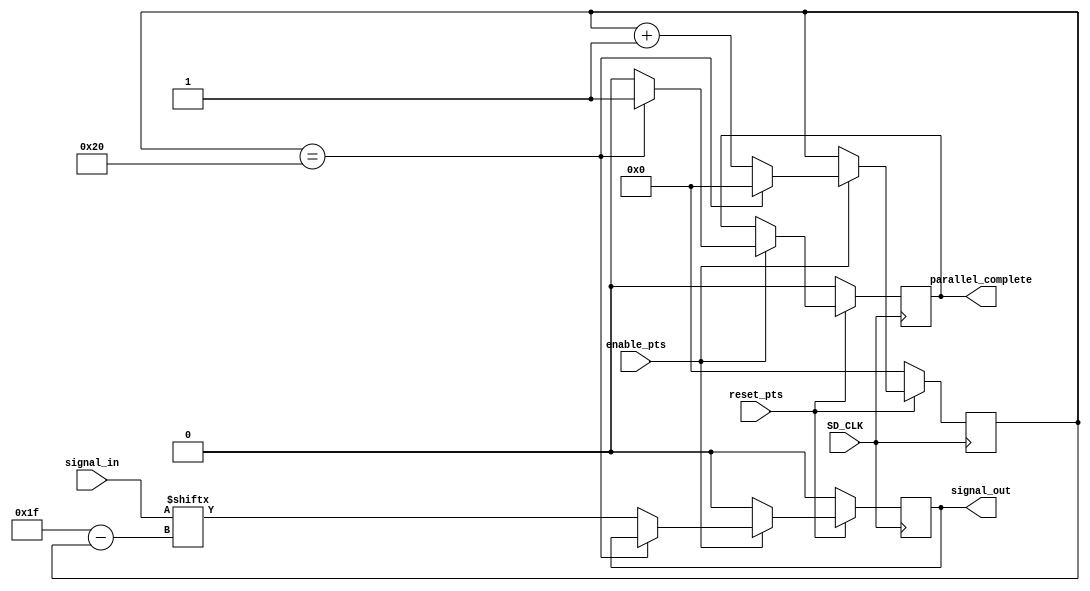
module PARALLEL_TO_SERIAL (
    input wire enable_pts, 
    input wire reset_pts, 
    input wire SD_CLK, 
    input wire [31:0] signal_in, 
    output reg signal_out, 
    output reg parallel_complete
    );
    reg [8:0]contador = 0;
    always @ ( posedge SD_CLK ) begin
        if (~reset_pts) begin
            signal_out <= 0;
            contador <= 0;
            parallel_complete <= 0;
        end else begin
            if (enable_pts == 1) begin
                if (contador == 32) begin
                    parallel_complete <= 1;
                    contador <= 0;
                end else begin
                    parallel_complete <= 0;
                    signal_out = signal_in[31 - contador];
                    contador <= contador + 1;
                end
            end else begin
                signal_out <= 0;
            end
        end
    end
endmodule